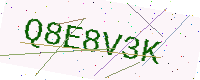
Text: Q8E8V3K